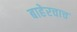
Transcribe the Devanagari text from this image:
बाहेरचाच